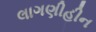
લાગણીહીન